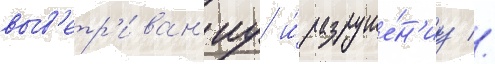
выв'етр'иван'иу и́ разруше́н'иу //